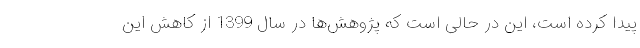
پیدا کرده است، این در حالی است که پژوهش‌ها در سال 1399 از کاهش این